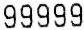
99999